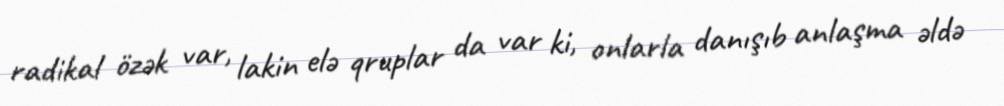
radikal özək var, lakin elə qruplar da var ki, onlarla danışıb anlaşma əldə